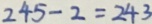
2 4 5 - 2 = 2 4 3